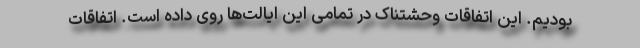
بودیم. این اتفاقات وحشتناک در تمامی این ایالت‌ها روی داده است. اتفاقات